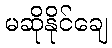
မဆိုနိုင်ချေ